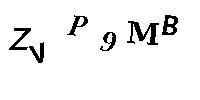
ZVP9MB